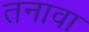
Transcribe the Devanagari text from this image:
तनावा